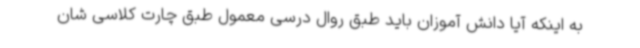
به اینکه آیا دانش آموزان باید طبق روال درسی معمول طبق چارت کلاسی شان